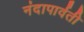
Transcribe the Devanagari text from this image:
नंदापार्वती